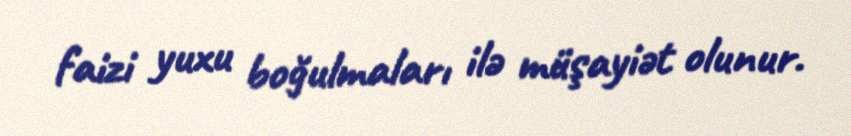
faizi yuxu boğulmaları ilə müşayiət olunur.